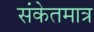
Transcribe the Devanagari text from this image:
संकेतमात्र